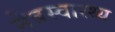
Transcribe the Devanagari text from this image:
नेत्रस्वास्थ्य